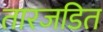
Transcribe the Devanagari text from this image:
तारजडित